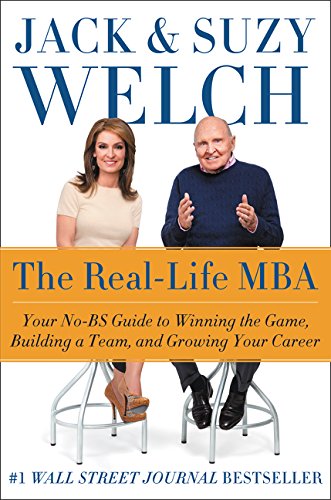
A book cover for The Real-Life MBA: Your No-BS Guide to Winning the Game, Building a Team, and Growing Your Career; Jack Welch; Business & Money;